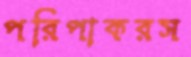
পরিপাকরস